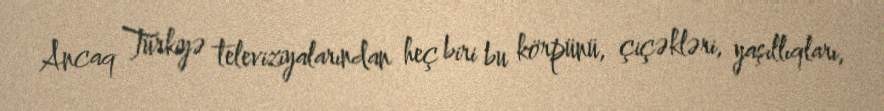
Ancaq Türkiyə televiziyalarından heç biri bu körpünü, çiçəkləri, yaşıllıqları,